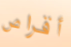
أقراص